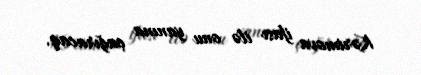
Kərimova ifası ilə onu yanına çağıracaq.